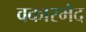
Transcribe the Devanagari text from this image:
वकारभेद